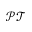
\mathcal { P T }